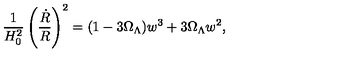
\frac { 1 } { H _ { 0 } ^ { 2 } } \left( \frac { \dot { R } } { R } \right) ^ { 2 } = ( 1 - 3 { \Omega } _ { \Lambda } ) w ^ { 3 } + 3 { \Omega } _ { \Lambda } w ^ { 2 } ,